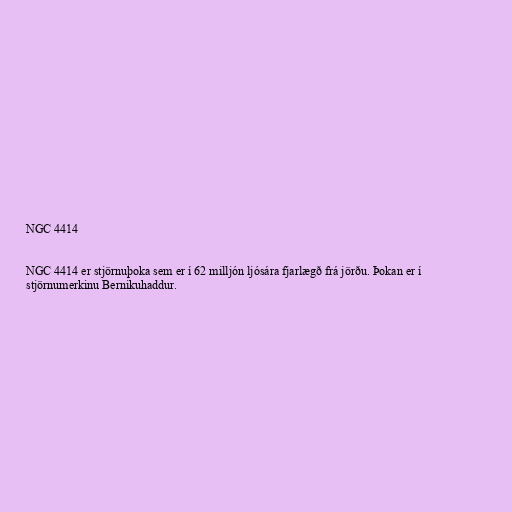
NGC 4414

NGC 4414 er stjörnuþoka sem er í 62 milljón ljósára fjarlægð frá jörðu. Þokan er í
stjörnumerkinu Bernikuhaddur.